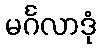
မင်္ဂလာဒုံ